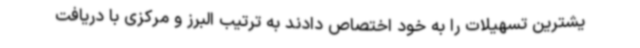
یشترین تسهیلات را به خود اختصاص دادند به ترتیب البرز و مرکزی با دریافت